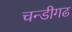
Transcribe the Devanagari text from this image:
चन्डीगढ